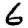
Digit: 6